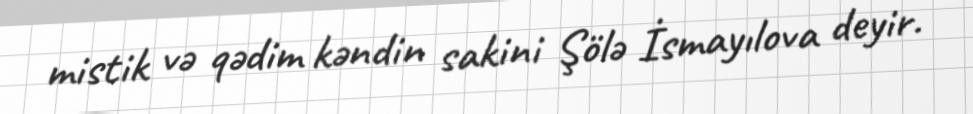
mistik və qədim kəndin sakini Şölə İsmayılova deyir.